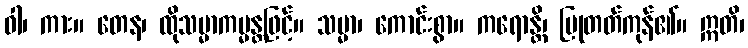
ဝါ၊ ကား။ တေန၊ ထိုသမ္မာကမ္မန္တဖြင့်။ သမ္မာ၊ ကောင်းစွာ။ ကရောန္တိ၊ ပြုတတ်ကုန်၏။ ဣတိ၊